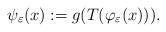
LaTeX: \begin{align*} \psi_{\varepsilon}(x):= g(T(\varphi_{\varepsilon}(x))).\end{align*}